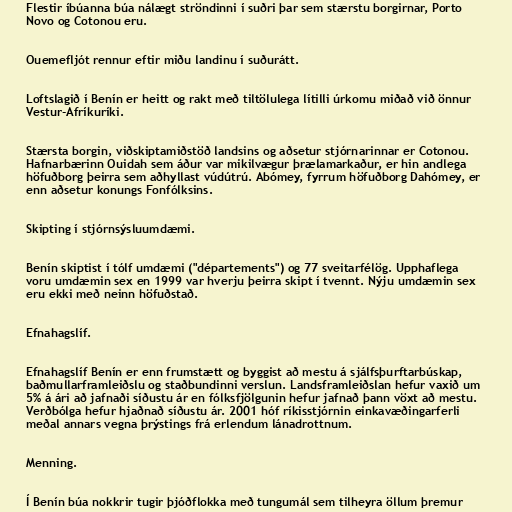
Flestir íbúanna búa nálægt ströndinni í suðri þar sem stærstu borgirnar, Porto
Novo og Cotonou eru.

Ouemefljót rennur eftir miðu landinu í suðurátt.

Loftslagið í Benín er heitt og rakt með tiltölulega lítilli úrkomu miðað við önnur
Vestur-Afríkuríki.

Stærsta borgin, viðskiptamiðstöð landsins og aðsetur stjórnarinnar er Cotonou.
Hafnarbærinn Ouidah sem áður var mikilvægur þrælamarkaður, er hin andlega
höfuðborg þeirra sem aðhyllast vúdútrú. Abómey, fyrrum höfuðborg Dahómey, er
enn aðsetur konungs Fonfólksins.

Skipting í stjórnsýsluumdæmi.

Benín skiptist í tólf umdæmi ("départements") og 77 sveitarfélög. Upphaflega
voru umdæmin sex en 1999 var hverju þeirra skipt í tvennt. Nýju umdæmin sex
eru ekki með neinn höfuðstað.

Efnahagslíf.

Efnahagslíf Benín er enn frumstætt og byggist að mestu á sjálfsþurftarbúskap,
baðmullarframleiðslu og staðbundinni verslun. Landsframleiðslan hefur vaxið um
5% á ári að jafnaði síðustu ár en fólksfjölgunin hefur jafnað þann vöxt að mestu.
Verðbólga hefur hjaðnað síðustu ár. 2001 hóf ríkisstjórnin einkavæðingarferli
meðal annars vegna þrýstings frá erlendum lánadrottnum.

Menning.

Í Benín búa nokkrir tugir þjóðflokka með tungumál sem tilheyra öllum þremur